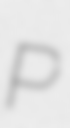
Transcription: P